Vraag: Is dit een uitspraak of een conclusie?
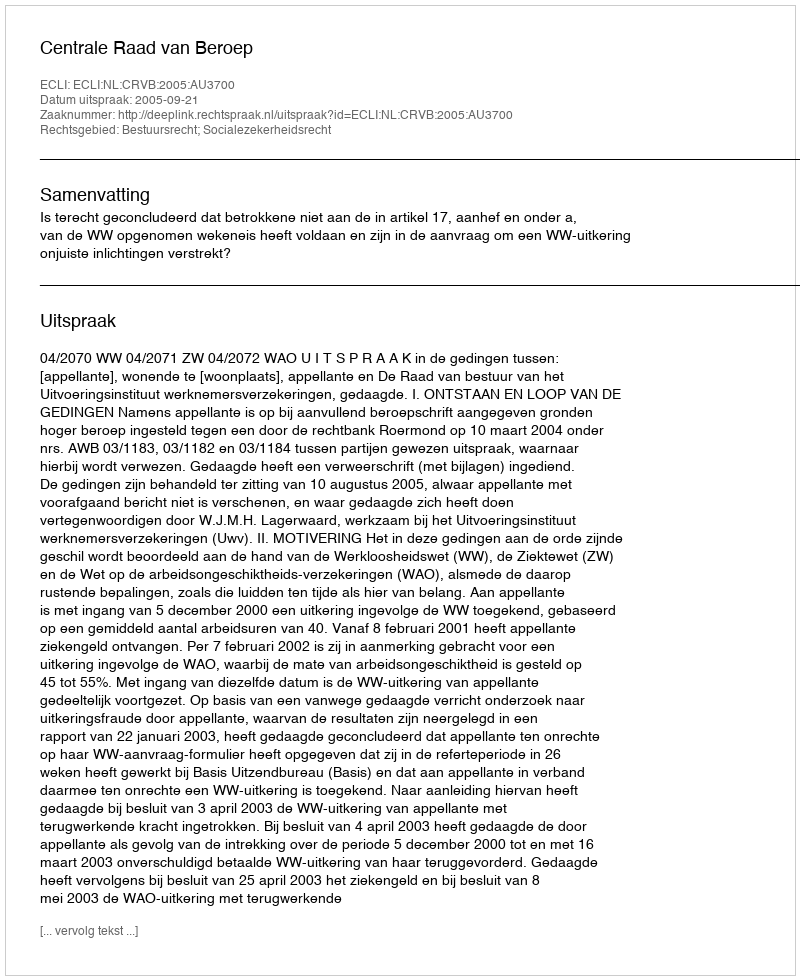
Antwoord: Uitspraak